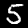
Label: 5